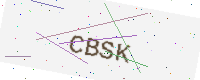
Text: CBSK